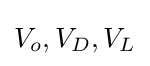
V_{o},V_{D},V_{L}